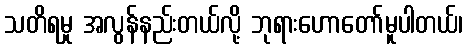
သတိရမှု အလွန်နည်းတယ်လို့ ဘုရားဟောတော်မူပါတယ်၊